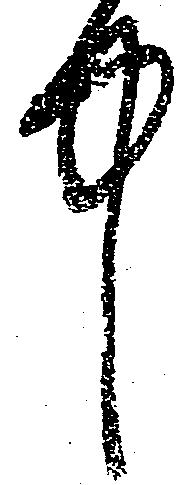
中